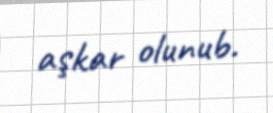
aşkar olunub.